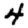
Digit: 4